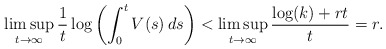
\begin{align*}\limsup_{t\to\infty} \frac1t \log\left(\int_0^t V(s)\,ds \right)<\limsup_{t\to\infty} \frac{\log(k) + rt}t =r.\end{align*}